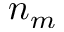
n _ { m }